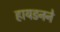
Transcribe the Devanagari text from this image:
हायडनने